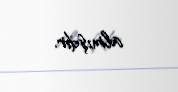
almışdır.